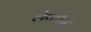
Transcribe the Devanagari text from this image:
लेप्टोन